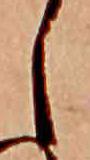
し